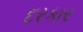
દરકાર